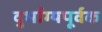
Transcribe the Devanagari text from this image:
दुर्भाग्यपूर्वक